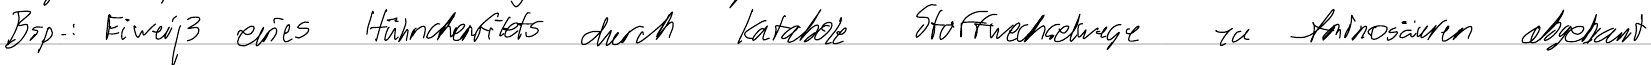
Bsp.: Eiweiß eines Hühnchenfilets durch katabole Stoffwechselwege zu Aminosäuren abgebaut